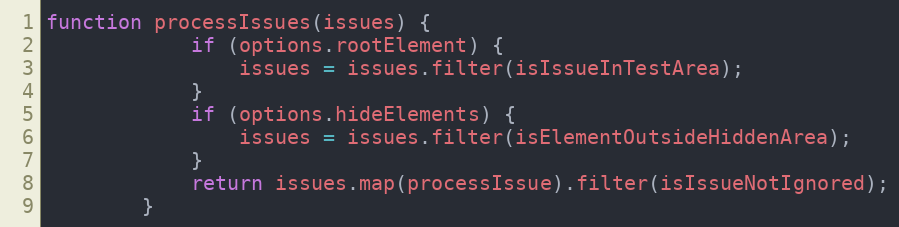
Language: JavaScript
function processIssues(issues) {
			if (options.rootElement) {
				issues = issues.filter(isIssueInTestArea);
			}
			if (options.hideElements) {
				issues = issues.filter(isElementOutsideHiddenArea);
			}
			return issues.map(processIssue).filter(isIssueNotIgnored);
		}